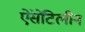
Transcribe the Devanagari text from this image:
ऐंसेटिलीन